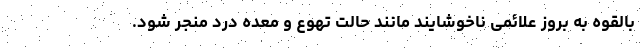
بالقوه به بروز علائمی ناخوشایند مانند حالت تهوع و معده درد منجر شود.